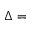
\Delta =